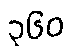
၃၆၀